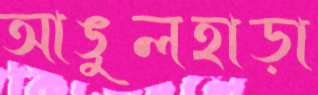
আঙুলহাড়া